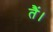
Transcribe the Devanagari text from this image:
तैं।